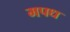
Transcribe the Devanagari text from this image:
मपध